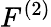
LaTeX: F^{(2)}